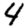
Digit: 4